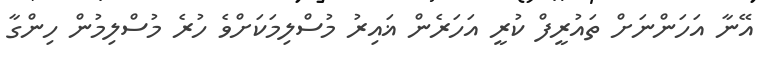
އޭނާ އަހަންނަށް ތައުރީފް ކުރީ އަހަރެން ޣައިރު މުސްލިމަކަށްވެ ހުރެ މުސްލިމުން ހިންގާ